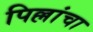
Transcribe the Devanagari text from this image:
पिल्लांचा